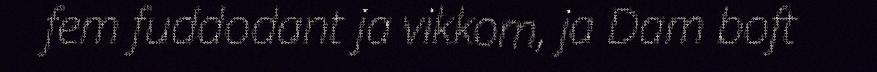
fem fuddodant ja vikkom, ja Dam boft